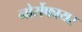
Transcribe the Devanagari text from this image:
नोर्सेफायर